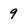
Character: 9